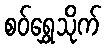
စဝ်ရွှေသိုက်